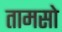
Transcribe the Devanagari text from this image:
तामसो